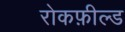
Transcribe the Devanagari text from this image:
रोकफ़ील्ड